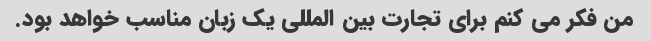
من فکر می کنم برای تجارت بین المللی یک زبان مناسب خواهد بود.